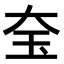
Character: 𡘇